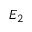
E _ { 2 }